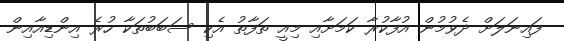
ފައިނަލަށް ދެވުމުން އުފާކުރާ ކަމަށާއި މިއީ ތަފާތު އެކި ސަބަބުތަކާ ހުރެ އިންޑިއާއިން